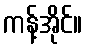
ကန့်အိုင်။